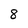
Character: 8